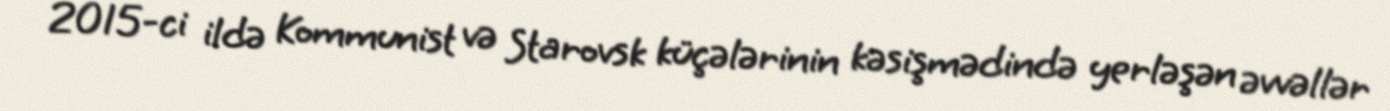
2015-ci ildə Kommunist və Starovsk küçələrinin kəsişmədində yerləşən əvvəllər